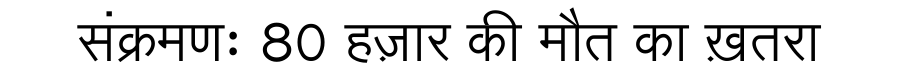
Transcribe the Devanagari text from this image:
संक्रमणः 80 हज़ार की मौत का ख़तरा